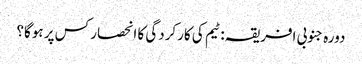
دورہ جنوبی افریقہ: ٹیم کی کارکردگی کا انحصار کس پر ہوگا؟